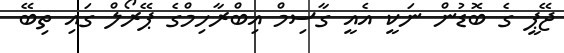
ޖޭޕީ ގެ ބޮޑުން ނަކީ އެއީ ގާސިމް އިބްރާހިމްގެ ޕޭރޯލް ގައި ތިބޭ